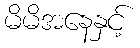
မိမိအနေနှင့်